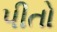
પીતો